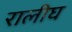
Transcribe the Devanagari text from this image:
रालीघ